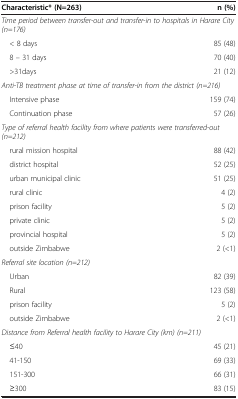
<table><thead><tr><td><b>Characteristic* (N=263)</b></td><td><b>n (%)</b></td></tr></thead><tbody><tr><td colspan="2"><i>Time period between transfer-out and transfer-in to hospitals in Harare City (n=176)</i></td></tr><tr><td> &lt; 8 days</td><td>85 (48)</td></tr><tr><td> 8 – 31 days</td><td>70 (40)</td></tr><tr><td> &gt;31days</td><td>21 (12)</td></tr><tr><td colspan="2"><i>Anti-TB treatment phase at time of transfer-in from the district (n=216)</i></td></tr><tr><td> Intensive phase</td><td>159 (74)</td></tr><tr><td> Continuation phase</td><td>57 (26)</td></tr><tr><td colspan="2"><i>Type of referral health facility from where patients were transferred-out (n=212)</i></td></tr><tr><td> rural mission hospital</td><td>88 (42)</td></tr><tr><td> district hospital</td><td>52 (25)</td></tr><tr><td> urban municipal clinic</td><td>51 (25)</td></tr><tr><td> rural clinic</td><td>4 (2)</td></tr><tr><td> prison facility</td><td>5 (2)</td></tr><tr><td> private clinic</td><td>5 (2)</td></tr><tr><td> provincial hospital</td><td>5 (2)</td></tr><tr><td> outside Zimbabwe</td><td>2 (&lt;1)</td></tr><tr><td colspan="2"><i>Referral site location (n=212)</i></td></tr><tr><td> Urban</td><td>82 (39)</td></tr><tr><td> Rural</td><td>123 (58)</td></tr><tr><td> prison facility</td><td>5 (2)</td></tr><tr><td> outside Zimbabwe</td><td>2 (&lt;1)</td></tr><tr><td colspan="2"><i>Distance from Referral health facility to Harare City (km) (n=211)</i></td></tr><tr><td> ≤40</td><td>45 (21)</td></tr><tr><td> 41-150</td><td>69 (33)</td></tr><tr><td> 151-300</td><td>66 (31)</td></tr><tr><td> ≥300</td><td>83 (15)</td></tr></tbody></table>